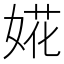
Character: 婲